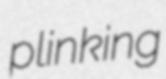
plinking